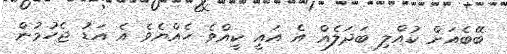
ބޭބެއަށް ކުއްލި ބަދަލެއް އެ އައީ ކީއްވެ ހެއްޔެވެ އެ އަޑު ޖެހުމުން